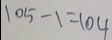
1 0 5 - 1 = 1 0 4